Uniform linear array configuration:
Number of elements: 24
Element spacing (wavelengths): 0.5
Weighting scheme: hann
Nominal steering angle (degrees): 30
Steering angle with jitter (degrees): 31.881
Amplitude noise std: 0.05
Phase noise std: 0.05

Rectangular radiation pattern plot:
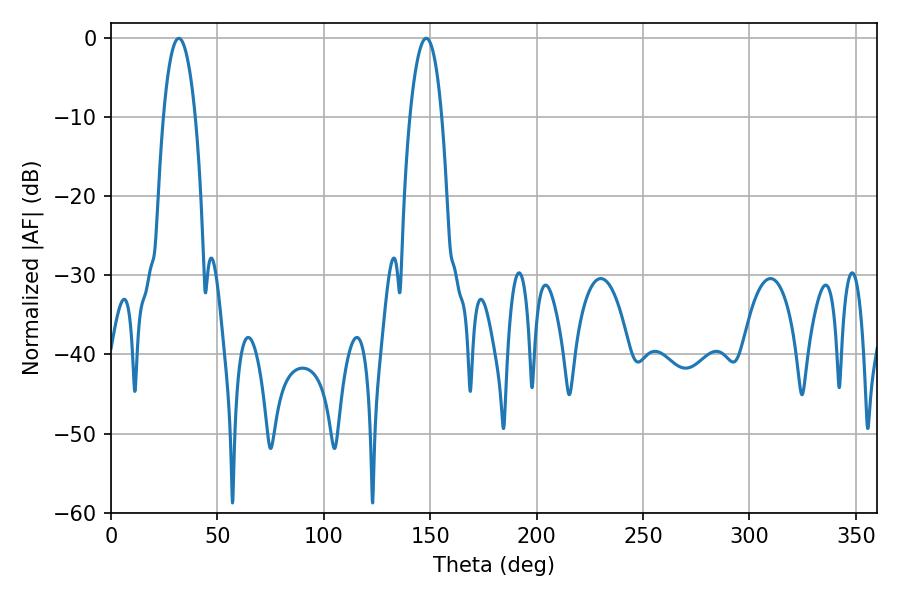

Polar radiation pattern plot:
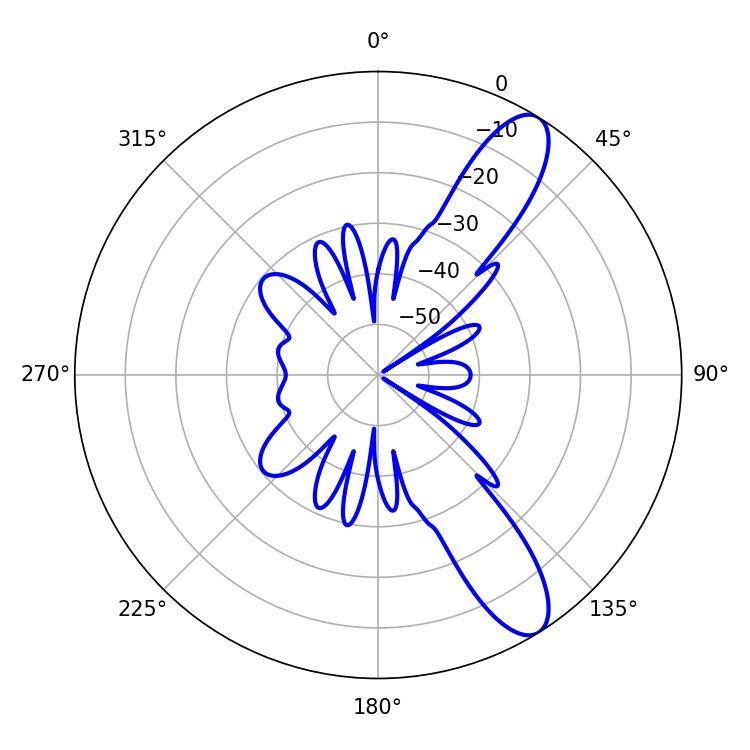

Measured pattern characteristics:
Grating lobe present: FALSE
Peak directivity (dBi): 10.848
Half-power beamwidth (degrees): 8.46
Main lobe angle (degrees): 31.86